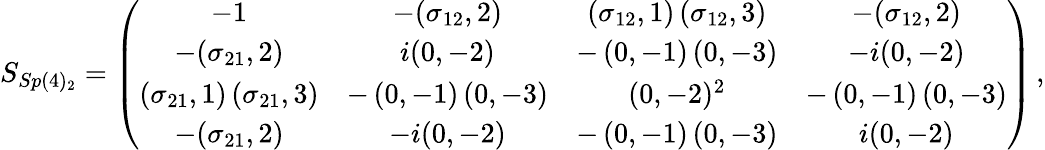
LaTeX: S_{Sp(4)_{2}}=\left(\begin{array}{cccc}{{-1}}&{{-(\sigma_{12},2)}}&{{\left(\sigma_{12},1\right)\left(\sigma_{12},3\right)}}&{{-(\sigma_{12},2)}}\\ {{-(\sigma_{21},2)}}&{{i(0,-2)}}&{{-\left(0,-1\right)\left(0,-3\right)}}&{{-i(0,-2)}}\\ {{\left(\sigma_{21},1\right)\left(\sigma_{21},3\right)}}&{{-\left(0,-1\right)\left(0,-3\right)}}&{{(0,-2)^{2}}}&{{-\left(0,-1\right)\left(0,-3\right)}}\\ {{-(\sigma_{21},2)}}&{{-i(0,-2)}}&{{-\left(0,-1\right)\left(0,-3\right)}}&{{i(0,-2)}}\end{array}\right)\, ,